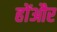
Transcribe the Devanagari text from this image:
होंऔर